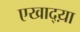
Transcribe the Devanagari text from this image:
एखाद्य़ा